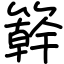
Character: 簳